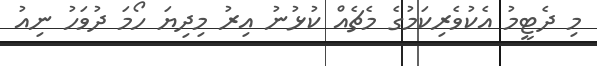
މި ދެޓީމު އެކުވެރިކަމުގެ މެޗެއް ކުޅުނު އިރު މިދިޔަ ހޯމަ ދުވަހު ނިއު